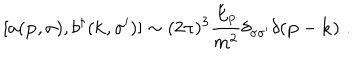
LaTeX: [ a ( { \bf p } , \sigma ) , b ^ { \dagger } ( { \bf k } , \sigma ^ { \prime } ) ] \sim ( 2 \pi ) ^ { 3 } { \frac { E _ { p } } { m ^ { 2 } } } \delta _ { \sigma \sigma ^ { \prime } } \delta ( { \bf p } - { \bf k } ) \, \, .